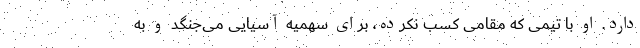
دارد. او با تیمی که مقامی کسب نکرده، برای سهمیه آسیایی می‌جنگد و به